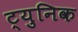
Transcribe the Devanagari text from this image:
ट्युनिक